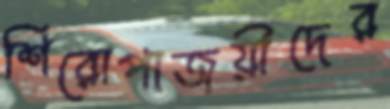
শিরোপাজয়ীদের